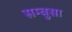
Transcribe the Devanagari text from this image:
सम्बुसा